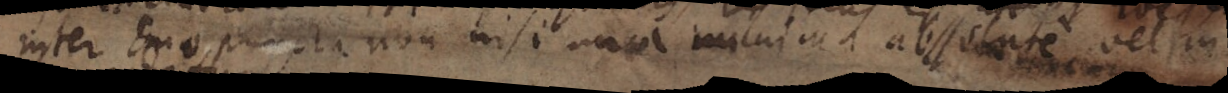
inter duo puncta non nisi una _ ma abssente vel in